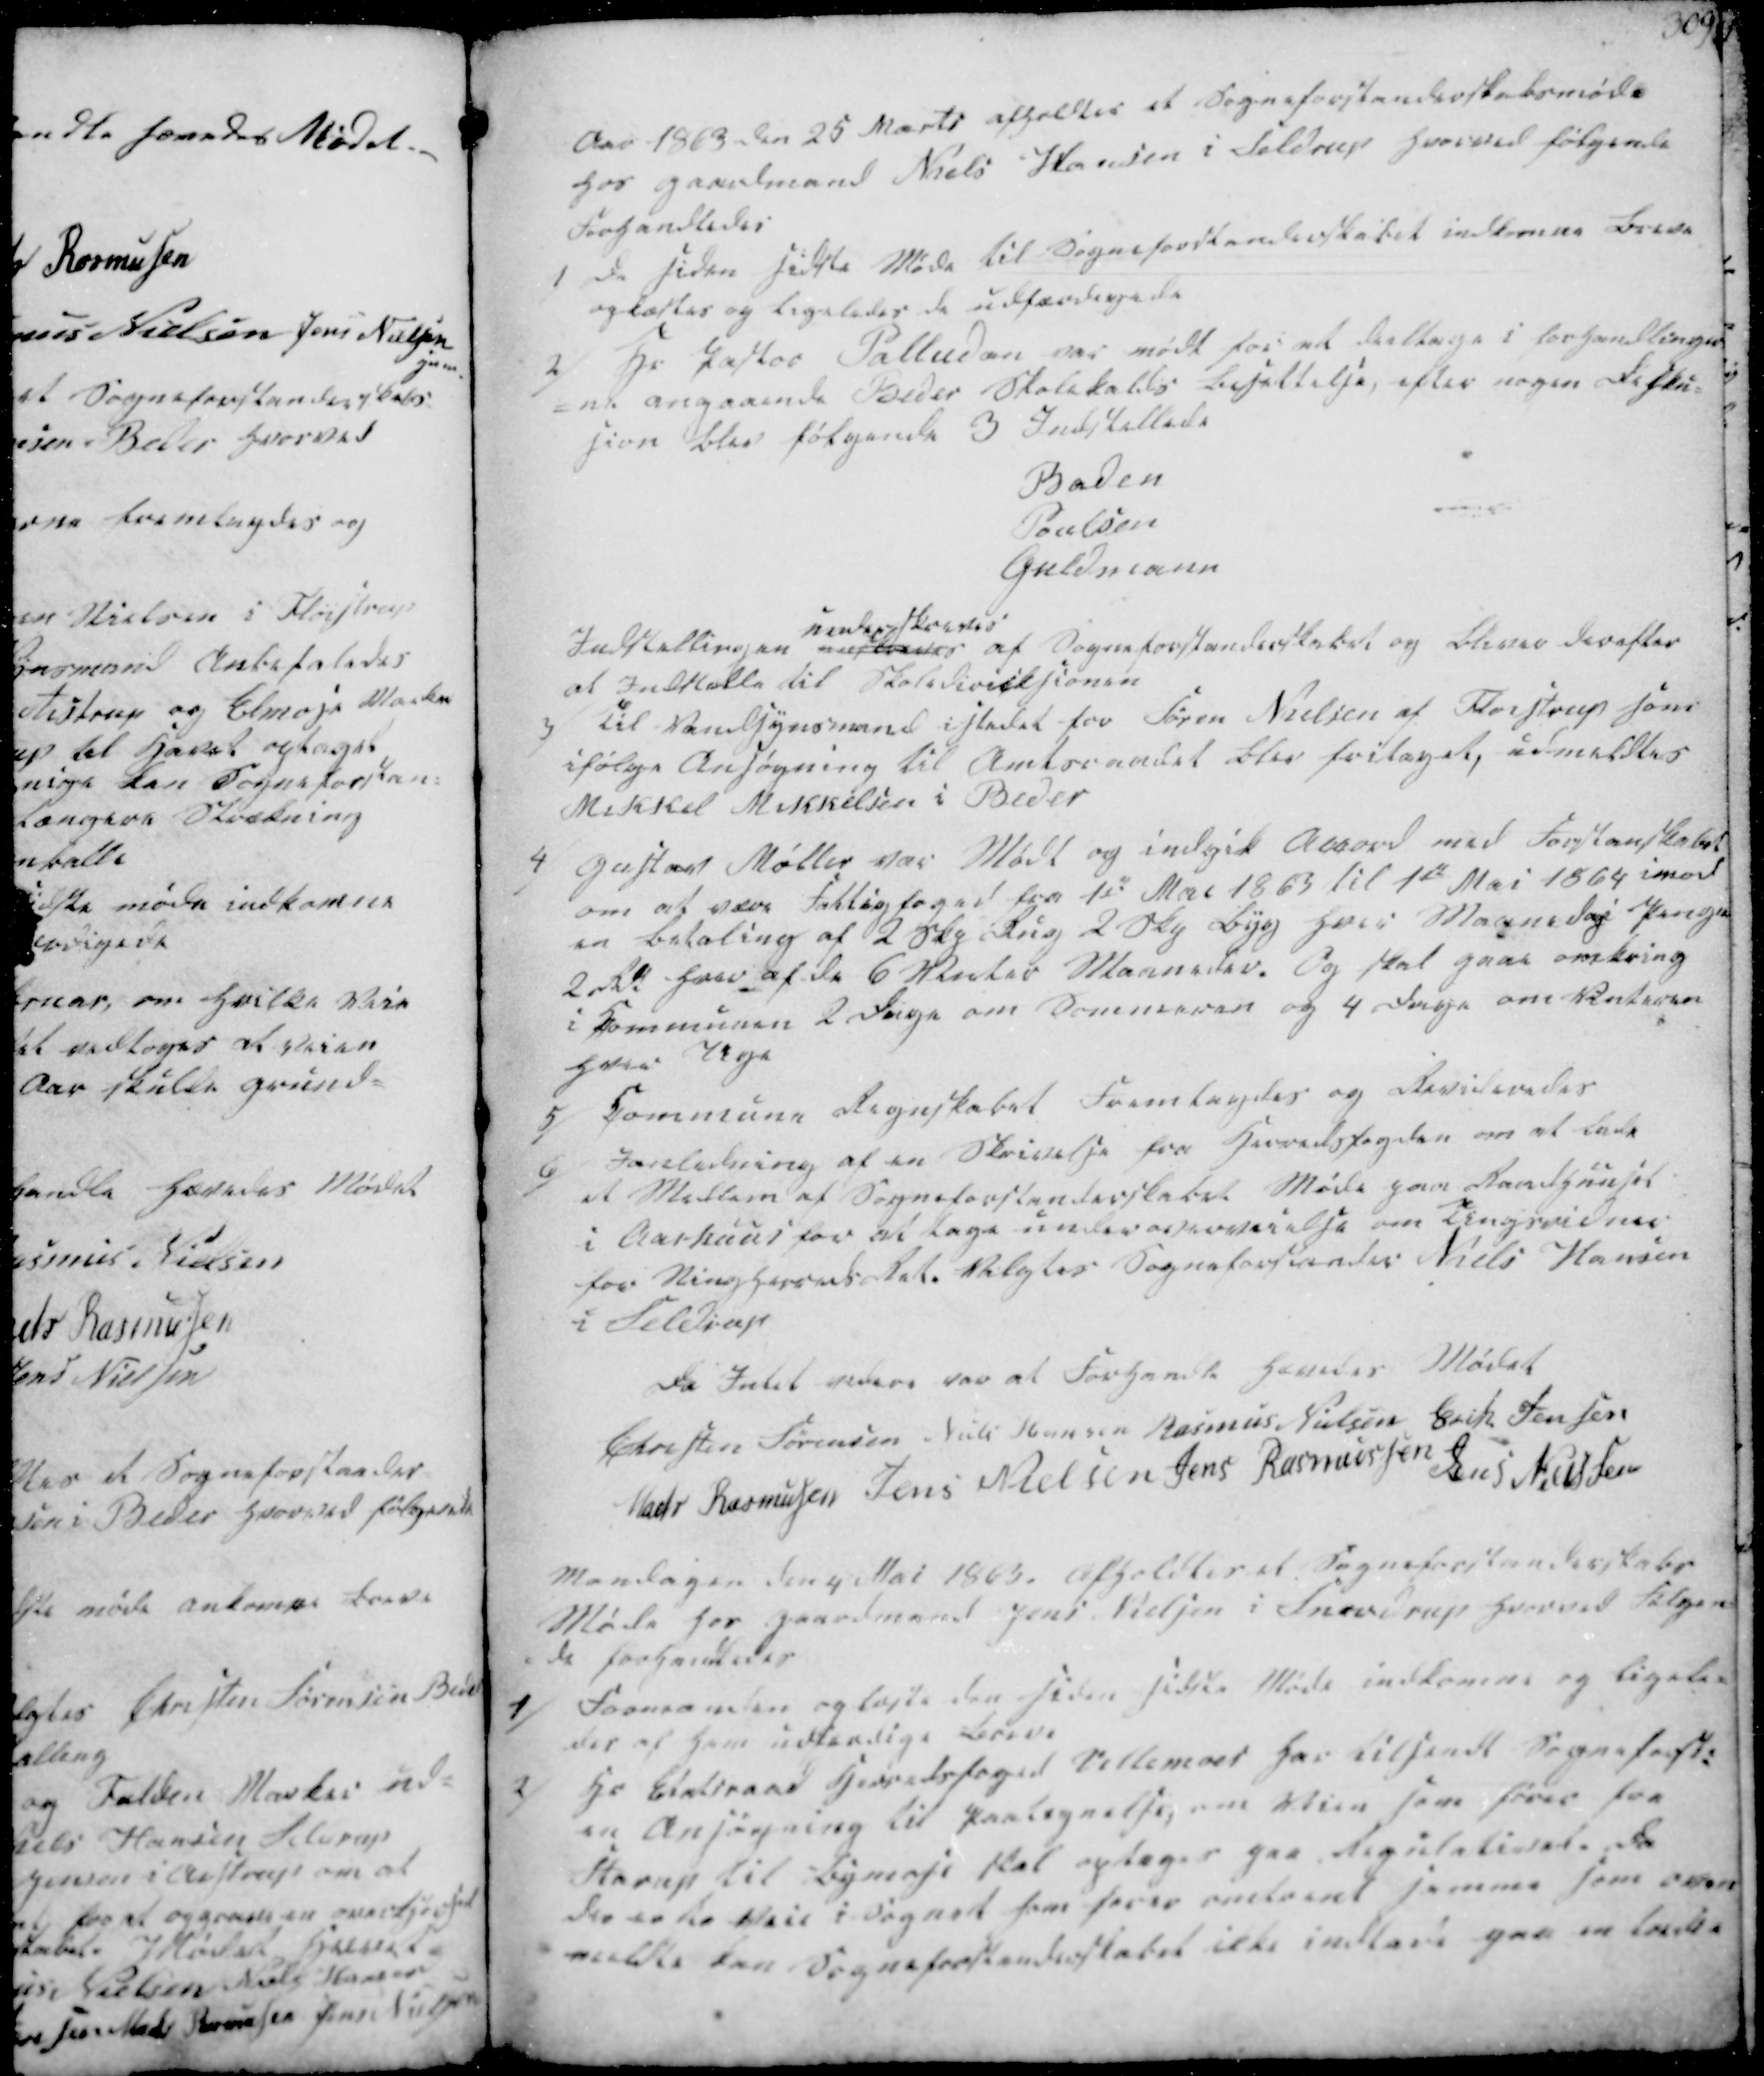
Transskription:
Aar 1863 den 25 Marts afholdtes et Sogneforstanderskabsmøde
hos Gaardmand Niels Hansen i Seldrup hvorved følgende
Forhandledes

1/ De siden sidste Møde til Sogneforstanderskabet indkomne Breve
oplæstes og ligeledes de udfærdigede

2/ Hr Pastor Palludan var mødt for at deeltage i forhandllinger
-ne angaaende Beder Skolekalds besættelse, efter nogen Disku-
sion blev følgende 3 Indstillede
Baden
Poulsen
Guldmann
Indstillingen nedskrevtes
underskrevtes
af Sogneforstanderskabet og bliver derefter
at Indstille til Skoledirictsionen

3/ Til Vandsynsmand istedet for Søren Nielsen af Fløistrup som
ifølge Ansøgning til Amtsraadet blev fritaget, udmeldtes
Mikkel Mikkkelsen i Beder
4/ Gustav Møller var Mødt og indgik Accord med Forstandskabet
om at være Fattigfoged fra 1ste Mai 1863 til 1ste Mai 1864 imod
en Betaling af 2 Skp Rug 2 Skp Byg hvis Maanedlige Penge
2 Rd haar af de 6 Veeter Maaneder. Og skal gaae omkring
i Kommunen 2 Dage om Sommeren og 4 Dage om Vinteren
hver Uge

5/ Commune Regnskabet Fremlagdes og Revideredes
6/ Ianledning af en Skrivelse fra Herredsfogden om at lade
et Medlem af Sogneforstanderskabet Møde paa Raadhuuset
i Aarhuus for at tage under overveielse om Tingsvidner
for Ningherreds Ret. Valgtes Sogneforstander Niels Hansen
i Seldrup

Da Intet videre var at Forhandle hævedes Mødet
Christen Sørensen
Niels Hansen
Rasmus Nielsen
Erik Jensen
Mads Rasmussen
Jens Nielsen
Jens Rasmussen
Jens Nielsen

Mandagen den 4 Mai 1863, afholdtes et Sogneforstanderskabs
Møde hos Gaardmand Jens Nielsen i Snovdrup hvorved Følgen-
-de forhandledes

1/ Formanden oplæste den siden sidste Møde indkomne og ligele-
des af ham udfærdige Breve.

2/ Hr Etatsraad Herredsfoged Villemoes har tilsendt Sogneforst.
en Ansøgning til Paategnelse, om Veien som fører fra
Starup til Bymose skal optages paa Regulativet. Da
der er to Veie i Sognet som farer omtrent samme som oven
meldte kan Sogneforstanderskabet ikke indlede paa en laden